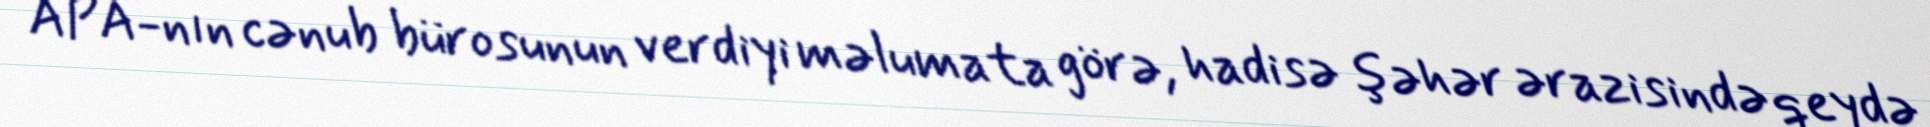
APA-nın cənub bürosunun verdiyi məlumata görə, hadisə şəhər ərazisində qeydə